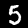
Label: 5